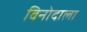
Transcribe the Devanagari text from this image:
विनोदाला